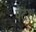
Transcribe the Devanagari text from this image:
पेद्रश